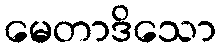
မေတာဒိသော